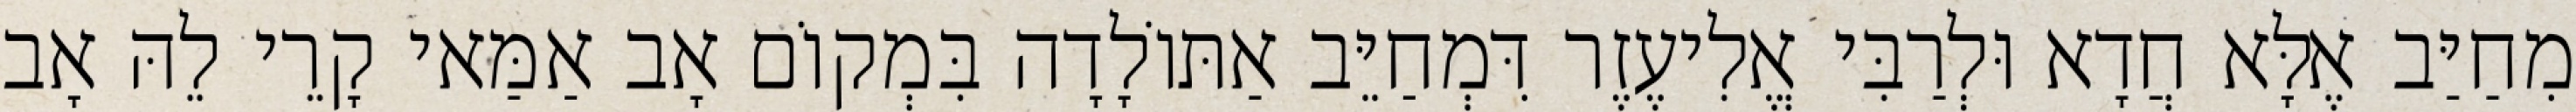
מִחַיַּב אֶלָּא חֲדָא וּלְרַבִּי אֱלִיעֶזֶר דִּמְחַיֵּב אַתּוֹלָדָה בִּמְקוֹם אָב אַמַּאי קָרֵי לֵהּ אָב